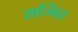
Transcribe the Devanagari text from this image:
सञ्चित